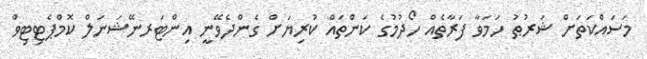
މަސައްކަތަށް ޝަރުޠު ހަމަވާ ފަރާތެއް ހޯދުމުގެ ކަންތައް ކުރިޔަށް ގެންދެވޭނީ އިންޓަރނޭޝަނަލް ކޮމްޕެޓިޓިވް